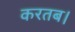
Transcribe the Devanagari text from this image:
करतब।